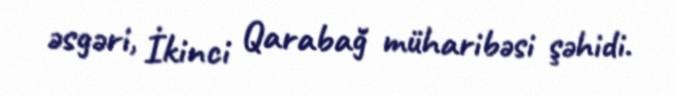
əsgəri, İkinci Qarabağ müharibəsi şəhidi.